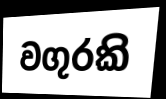
වගුරකි